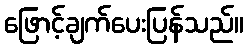
ဖြောင့်ချက်ပေးပြန်သည်။